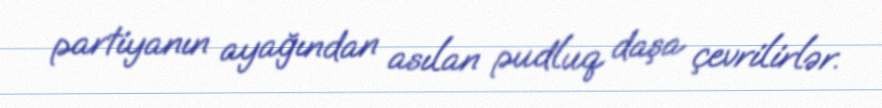
partiyanın ayağından asılan pudluq daşa çevrilirlər.